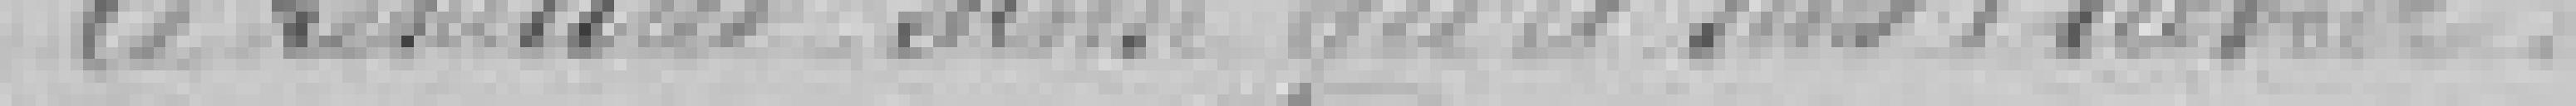
le résultat ainsi qu'il suit ??????